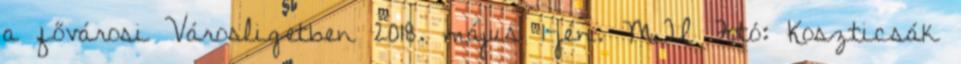
a fővárosi Városligetben 2018. május 1-jén. MTI Fotó: Koszticsák